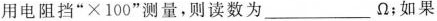
用电阻挡“×100”测量，则读数为___Ω；如果用